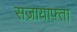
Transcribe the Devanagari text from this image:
सज़ायाफ़्ता